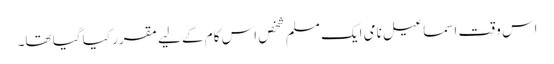
اس وقت اسماعیل نامی ایک مسلم شخص اس کام کے لیے مقرر کیا گیا تھا۔